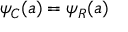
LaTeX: \psi _ { C } ( a ) = \psi _ { R } ( a )